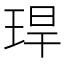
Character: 𤥚